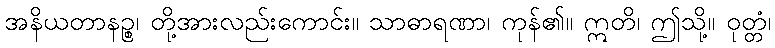
အနိယတာနဉ္စ၊ တို့အားလည်းကောင်း။ သာဓာရဏာ၊ ကုန်၏။ ဣတိ၊ ဤသို့။ ဝုတ္တံ၊